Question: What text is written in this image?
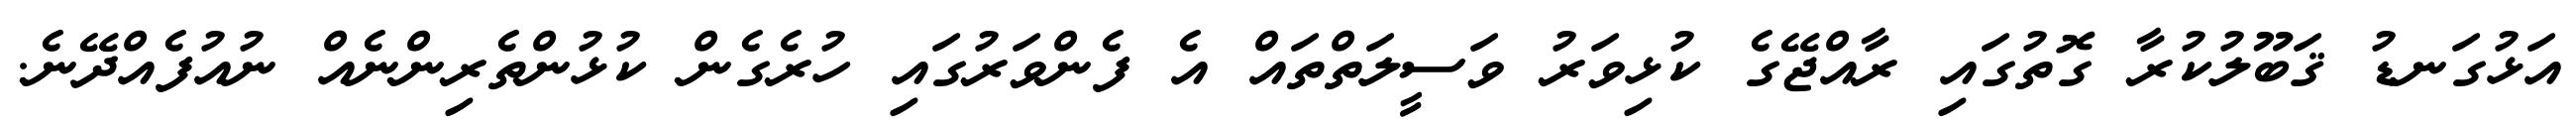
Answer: އަޅުގަނޑު ޤަބޫލުކުރާ ގޮތުގައި ރާއްޖޭގެ ކުޅިވަރު ވަސީލަތްތައް އެ ފެންވަރުގައި ހުރެގެން ކުޅުންތެރިންނެއް ނުއުފެއްދޭނެ.